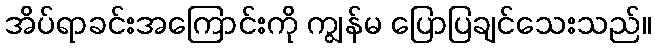
အိပ်ရာခင်းအကြောင်းကို ကျွန်မ ပြောပြချင်သေးသည်။